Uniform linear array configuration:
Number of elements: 12
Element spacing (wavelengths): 1
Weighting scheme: kaiser
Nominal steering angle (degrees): -45
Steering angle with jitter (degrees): -46.846
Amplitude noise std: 0.05
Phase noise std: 0.05

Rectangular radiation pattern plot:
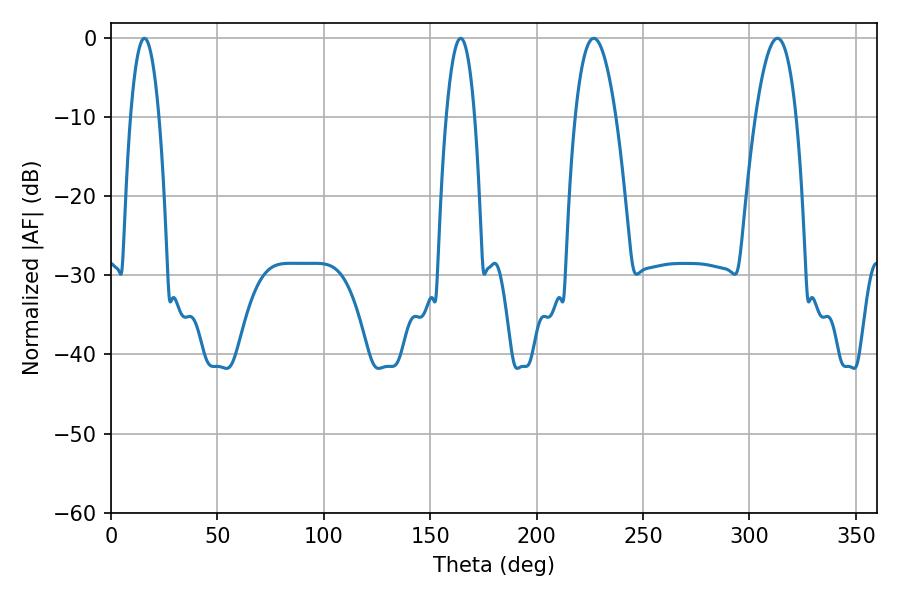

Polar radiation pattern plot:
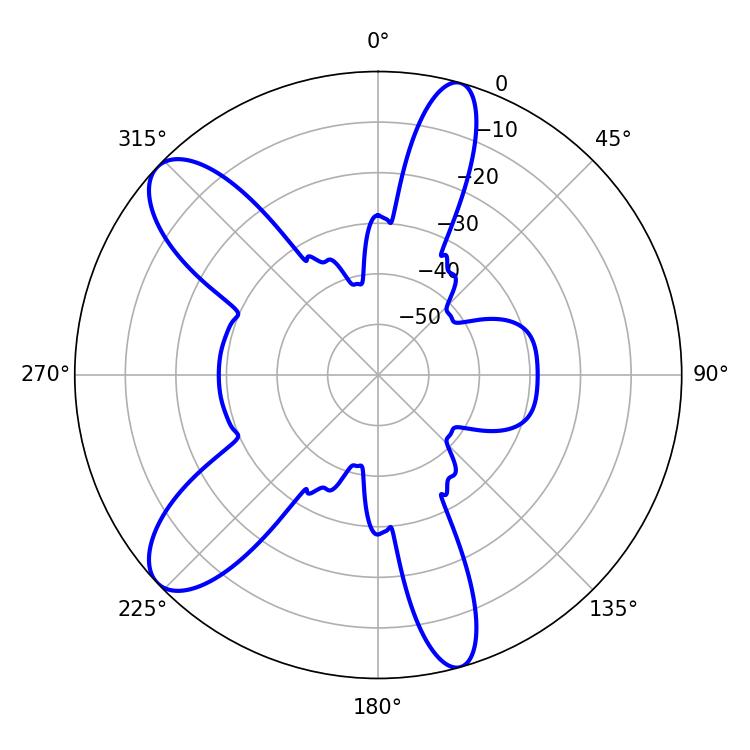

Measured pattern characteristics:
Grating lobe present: TRUE
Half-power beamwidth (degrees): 10.62
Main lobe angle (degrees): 226.8